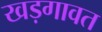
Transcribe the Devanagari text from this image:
खड़गावत